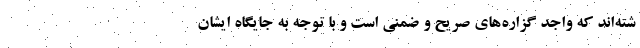
شته‌اند که واجد گزاره‌های صریح و ضمنی است و با توجه به جایگاه ایشان